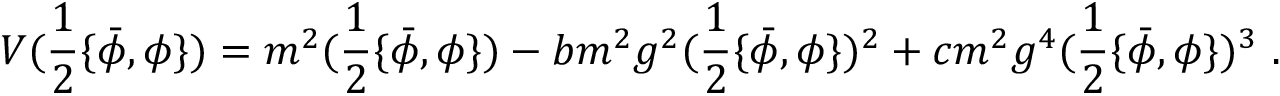
V ( \frac 1 2 \{ \bar { \phi } , \phi \} ) = m ^ { 2 } ( \frac 1 2 \{ \bar { \phi } , \phi \} ) - b m ^ { 2 } g ^ { 2 } ( \frac 1 2 \{ \bar { \phi } , \phi \} ) ^ { 2 } + c m ^ { 2 } g ^ { 4 } ( \frac 1 2 \{ \bar { \phi } , \phi \} ) ^ { 3 } \ .